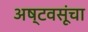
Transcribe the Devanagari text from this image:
अष्टवसूंचा